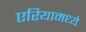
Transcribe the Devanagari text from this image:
एरियामध्ये